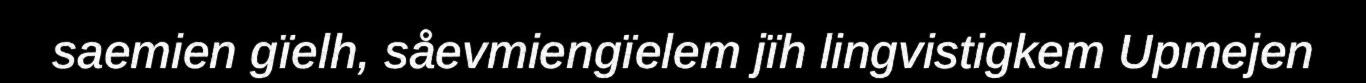
saemien gïelh, såevmiengïelem jïh lingvistigkem Upmejen